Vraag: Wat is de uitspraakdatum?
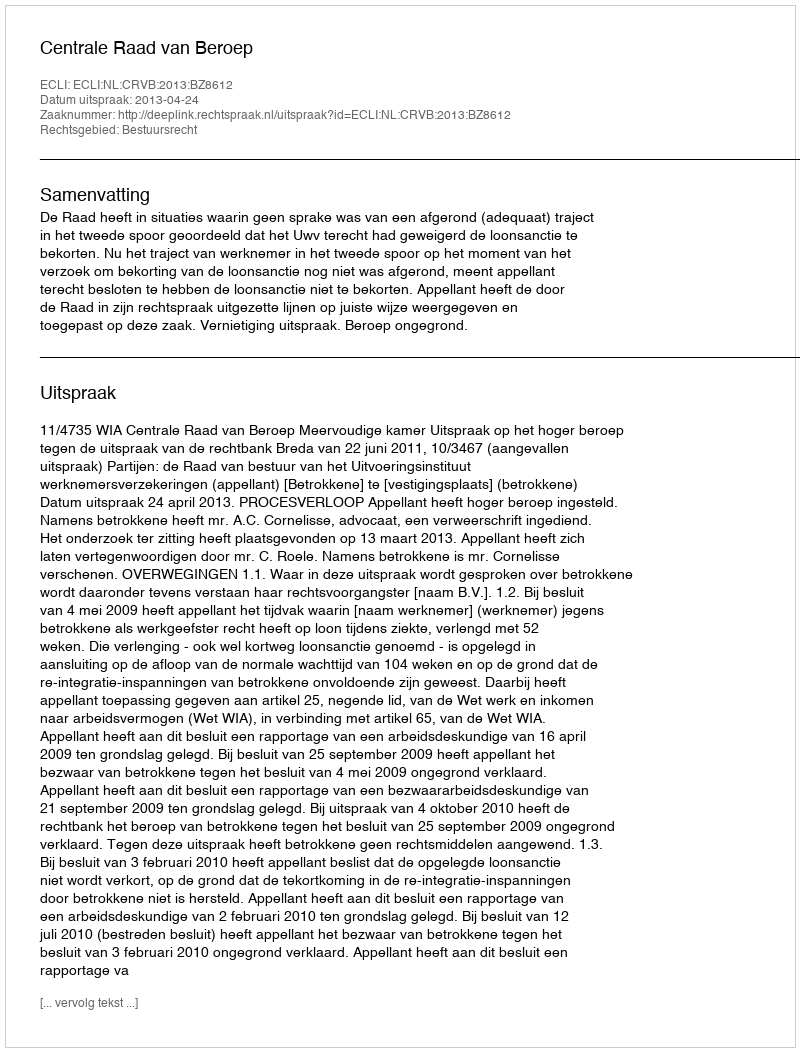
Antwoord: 2013-04-24